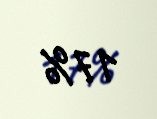
17%